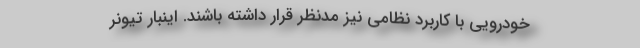
خودرویی با کاربرد نظامی نیز مدنظر قرار داشته باشند. اینبار تیونر